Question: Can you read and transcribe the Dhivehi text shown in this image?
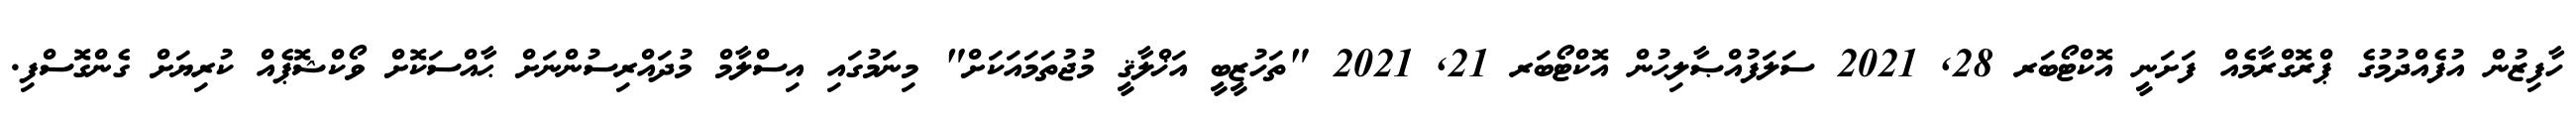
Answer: ހާފިޒުން އުފެއްދުމުގެ ޕްރޮގްރާމެއް ފަށަނީ އޮކްޓޯބަރ 28, 2021 ސަލަފުއްޞާލިޙުން އޮކްޓޯބަރ 21, 2021 "ތަހުޒީބީ އަޚްލާޤީ މުޖުތަމައަކަށް" މިނަމުގައި އިސްލާމް މުދައްރިސުންނަށް ޙާއްސަކޮށް ވޯކްޝޮޕެއް ކުރިޔަށް ގެންގޮސްފި.